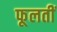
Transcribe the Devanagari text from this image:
फूलतीं